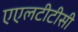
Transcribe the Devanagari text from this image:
एएलटीटीसी